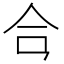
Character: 𪛗